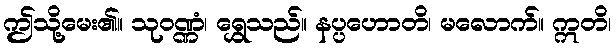
ဤသို့မေး၏။ သုဝဏ္ဏံ၊ ရွှေသည်။ နပ္ပဟောတိ၊ မလောက်။ ဣတိ၊